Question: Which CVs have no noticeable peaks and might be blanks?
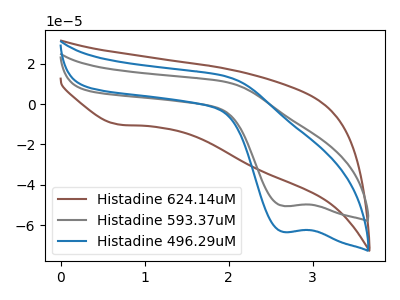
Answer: <think>The brown curve "Histadine 624.14uM" has a cathodic peak at: (0.70V, -10.15uA). The gray curve "Histadine 593.37uM" has a cathodic peak at: (2.65V, -50.55uA). The blue curve "Histadine 496.29uM" has a cathodic peak at: (2.65V, -63.40uA).</think>
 <answer>There are not any CV's on this graph that are likely to be blanks.</answer>
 <eval>none</eval>